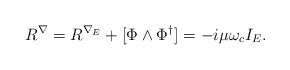
\begin{align*}R^\nabla = R^{\nabla_E}+[\Phi\wedge\Phi^\dagger] = -i\mu \omega_c I_E.\end{align*}